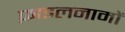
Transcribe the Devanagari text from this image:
फ़ाइलनामों